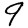
Digit: 9